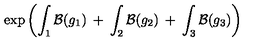
\exp \left( \int _ { 1 } { \cal B } ( g _ { 1 } ) \: + \: \int _ { 2 } { \cal B } ( g _ { 2 } ) \: + \: \int _ { 3 } { \cal B } ( g _ { 3 } ) \right)